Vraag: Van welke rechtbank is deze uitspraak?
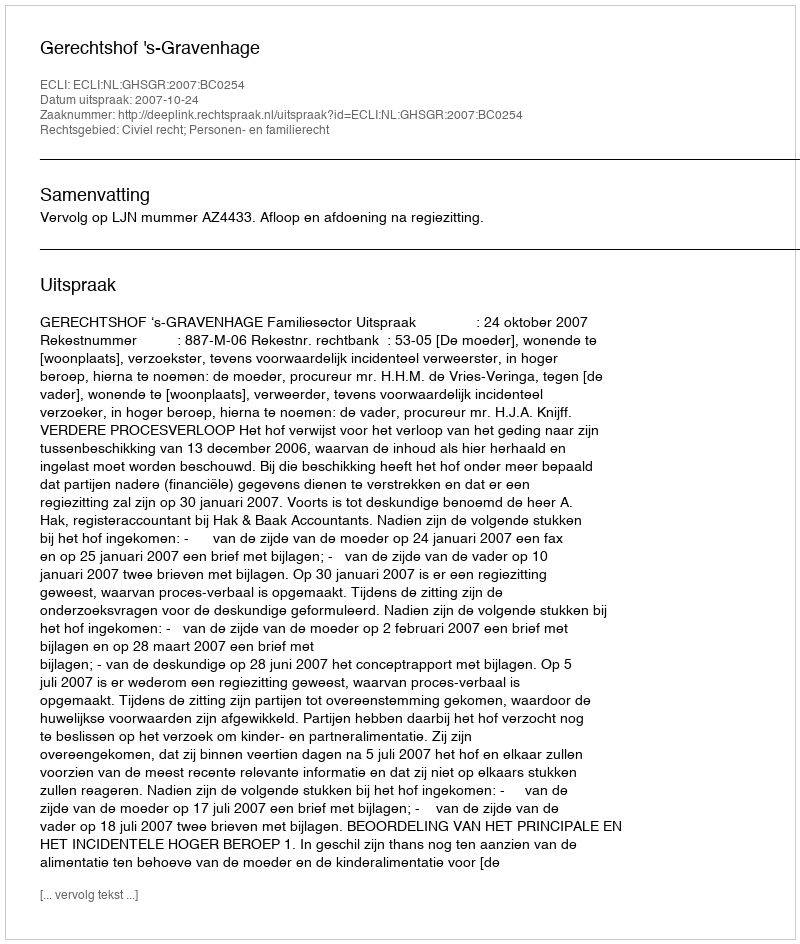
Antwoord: Gerechtshof 's-Gravenhage